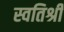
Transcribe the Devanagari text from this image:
स्वतिश्री